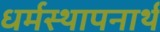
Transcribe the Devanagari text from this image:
धर्मस्थापनार्थ